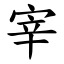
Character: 宰